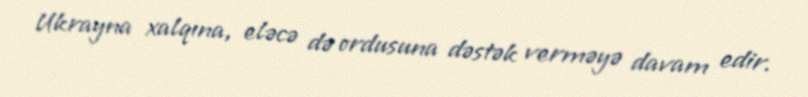
Ukrayna xalqına, eləcə də ordusuna dəstək verməyə davam edir.